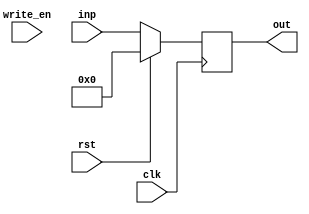
module temp_reg(input clk,rst,write_en,input [31:0] inp,output reg [31:0] out);
	reg [31:0] temp;
	always@(posedge clk)begin
		if(rst)begin
			temp = 32'b0;
			out = 32'b0;
		end
		else begin
			out = inp;
		end
		
		
	end
endmodule